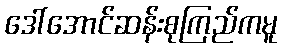
ဒေါ်အောင်ဆန်းစုကြည်ကမူ